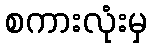
စကားလုံးမှ